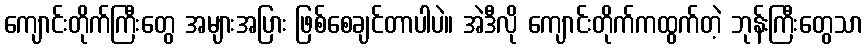
ကျောင်းတိုက်ကြီးတွေ အများအပြား ဖြစ်စေချင်တာပါပဲ။ အဲဒီလို ကျောင်းတိုက်ကထွက်တဲ့ ဘုန်းကြီးတွေသာ